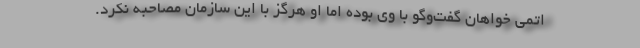
اتمی خواهان گفت‌وگو با وی بوده اما او هرگز با این سازمان مصاحبه نکرد.